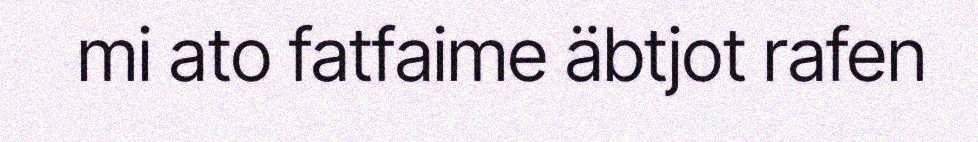
mi ato fatfaime äbtjot rafen